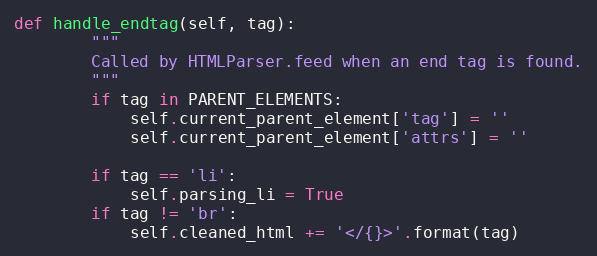
Language: Python
def handle_endtag(self, tag):
        """
        Called by HTMLParser.feed when an end tag is found.
        """
        if tag in PARENT_ELEMENTS:
            self.current_parent_element['tag'] = ''
            self.current_parent_element['attrs'] = ''

        if tag == 'li':
            self.parsing_li = True
        if tag != 'br':
            self.cleaned_html += '</{}>'.format(tag)